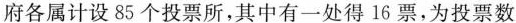
府各属计设85个投票所，其中有一处得16票，为投票数